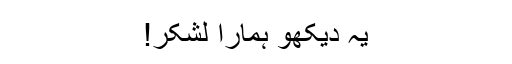
یہ دیکھو ہمارا لشکر!